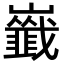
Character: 𡾺